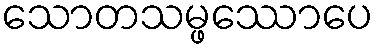
သောတသမ္ဖဿောပေ